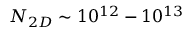
N _ { 2 D } \sim 1 0 ^ { 1 2 } - 1 0 ^ { 1 3 }